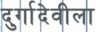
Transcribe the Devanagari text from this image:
दुर्गादेवीला